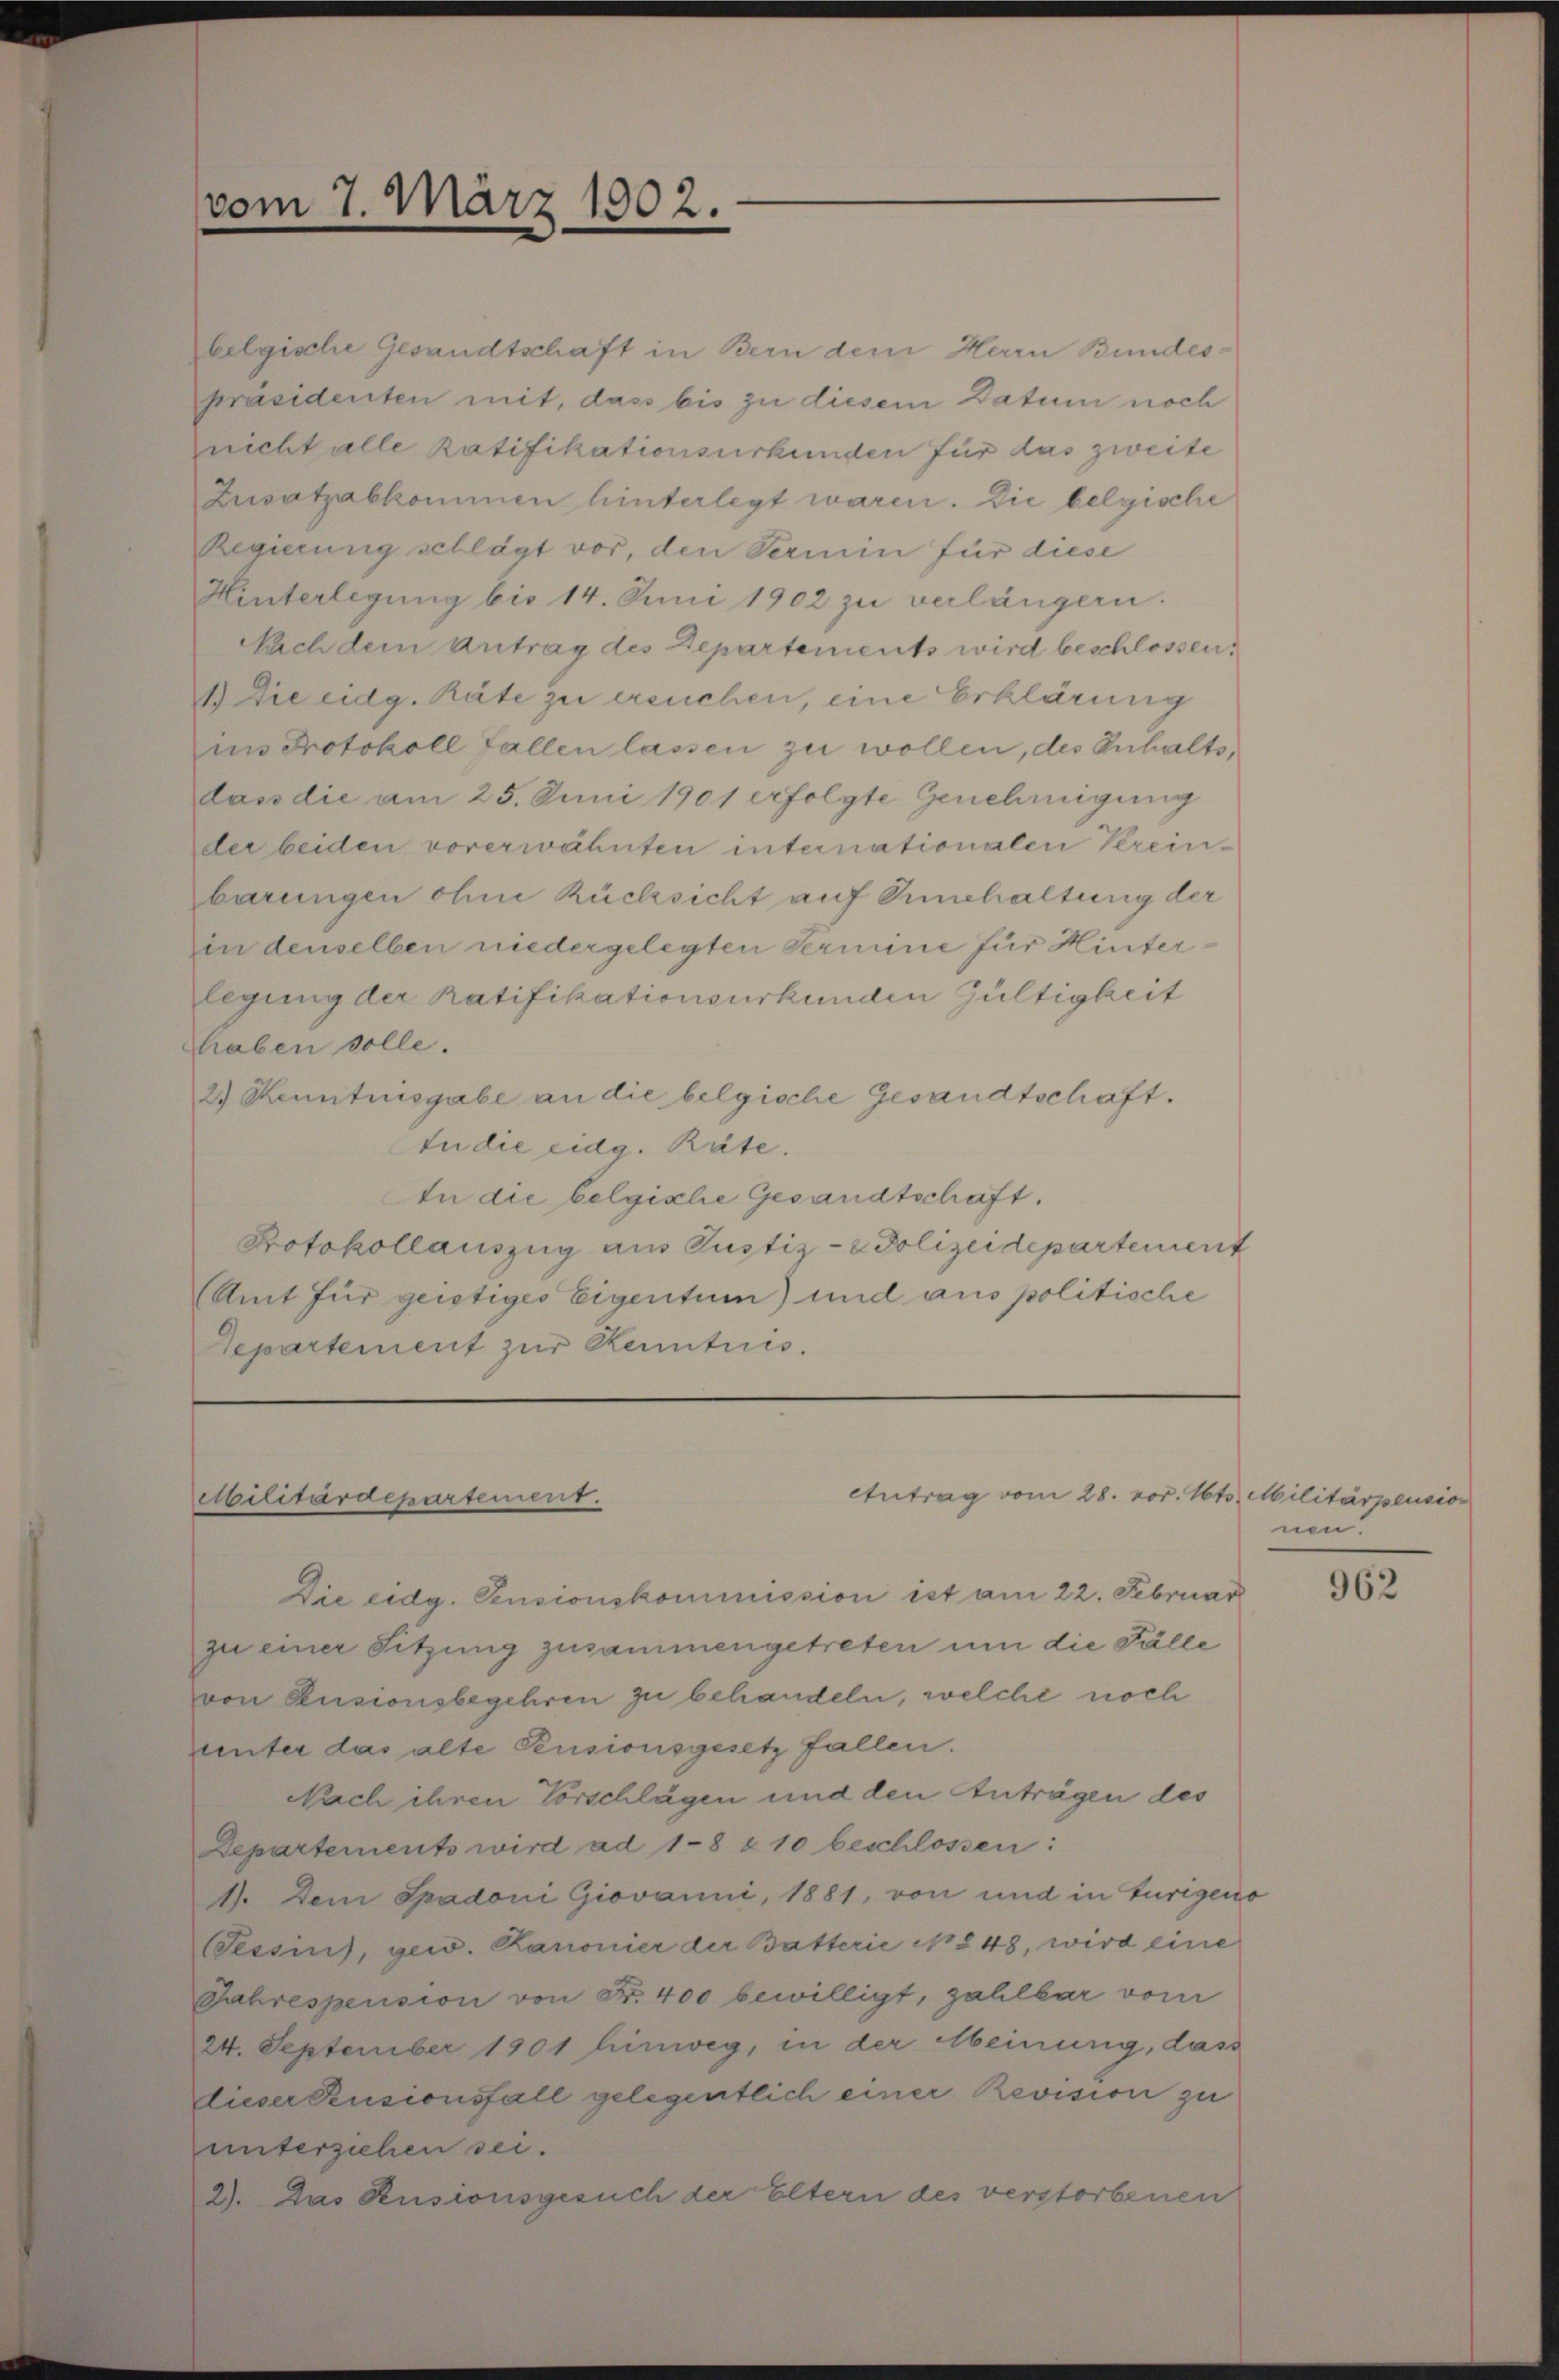
belgische Gesandtschaft in Bern dem Herrn Bundes-
präsidenten mit, dass bis zu diesem Datum noch
nicht alle Ratifikationsurkunden für das zweife
Zusatzabkommen hinterlegt waren. Die belgische
Regierung schlägt vor, den Termin für diese
Hinterlegung bis 14. Juni 1902 zu verlängern.
Nach dem Antrag des Departements wird beschlossen,
1) Die eidg. Räte zu ersuchen, eine Erklärung
ins Protokoll fallen lassen zu wollen, des Inhaltsdass die am 25. Juni 1901 erfolgte Genehmigung
der beiden vorerwähnten internationalen Vereinbarungen ohne Rücksicht auf Einhaltung der
in denselben niedergelegten Termine für Hinterlegung der Ratifikationsurkunden Gültigkeit
haben solle.
2) Kenntnisgabe an die belgische Gesandtschaft.
An die eidg. Räte.
An die belgische Gesandtschaft.
Protokollauszug aus Justiz- & Polizeidepartement
(Amt für geistiges Eigentum) und aus politische
Departement zur Kenntnis.

vom 7. März 1902.

eutrag vom 28. vor. Mts. Militärpensio
bilitärdepartement.

Die eidg. Pensionskommission ist am 22. Februar
zu einer Sitzung zusammengetreten um die Fälle
von Pensionsbegehren zu behandeln, welche noch
unter das alte Pensionsgesetz fallen.
Nach ihren Vorschlägen und den Anträgen des
Departements wird ad 1-8 & 10 beschlossen:
1). Dem Spadoni Giovanni, 1881, von und in Turigens
Sessins, gew. Kanonier der Batterie No 248, wird eine
Jahrespension von Fr. 400 bewilligt, zahlbar vom
24. September 1901 hinweg, in der Meinung, dass
dieser Pensionsfall gelegentlich einer Revision zu
unterziehen sei.
2). Das Kusionsgesuch der Eltern des verstorbenen

nen!

962